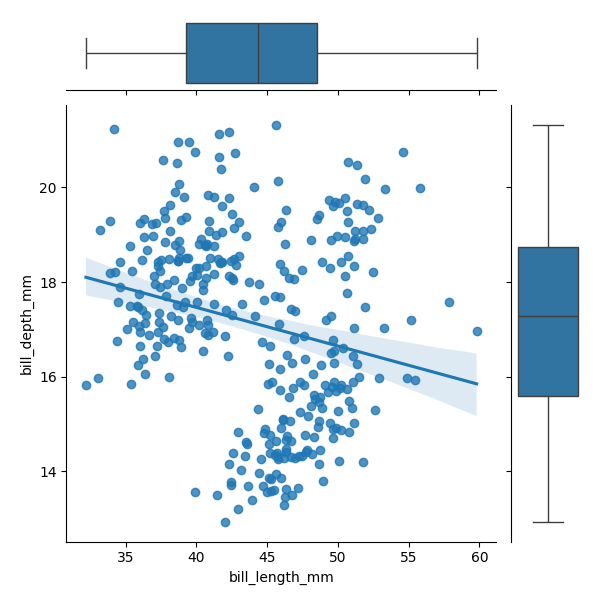
python, seaborn, JointGrid, regplot, boxplot